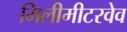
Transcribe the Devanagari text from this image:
मिलीमीटरवेव